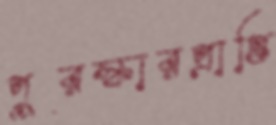
পুরস্কারপ্রাপ্তি